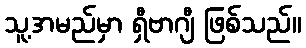
သူ့အမည်မှာ ရှီဗာဂျီ ဖြစ်သည်။